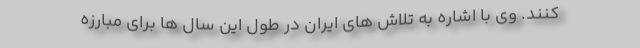
کنند. وی با اشاره به تلاش های ایران در طول این سال ها برای مبارزه